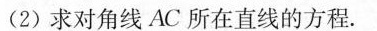
(2)求对角线AC所在直线的方程。